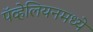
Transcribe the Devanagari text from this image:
पॅव्हेलियनमध्ये